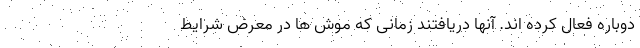
دوباره فعال کرده اند. آنها دریافتند زمانی که موش ها در معرض شرایط